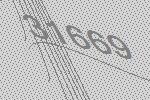
31669